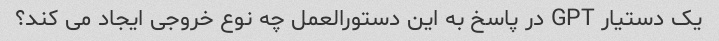
یک دستیار GPT در پاسخ به این دستورالعمل چه نوع خروجی ایجاد می کند؟